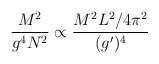
\begin{align*}{M^2 \over g^4 N^2} \propto {M^2 L^2/4\pi^2 \over(g')^4}\end{align*}